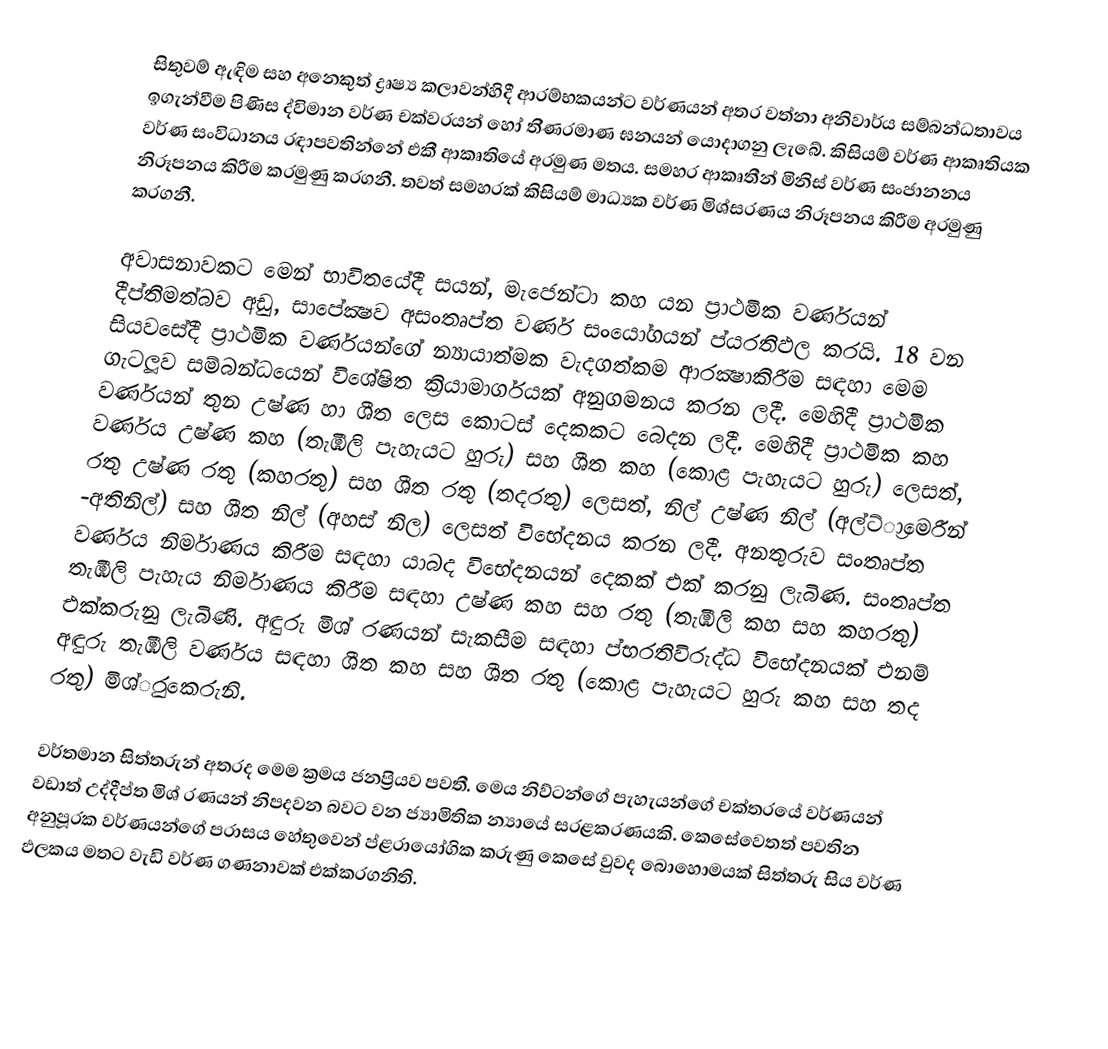
සිතුවම් ඇඳිම සහ අනෙකුත් ද්‍රෘෂ්‍ය කලාවන්හිදී ආරම්භකයන්ට වර්ණයන් අතර වත්නා අනිවාර්ය සම්බන්ධතාවය ඉගැන්වීම පිණිස ද්විමාන වර්ණ චක්ව‍රයන් හෝ ති්ණ‍රමාණ ඝනයන් යොදාගනු ලැබේ. කිසියම් වර්ණ ආකෘතියක වර්ණ සංවිධානය රඳාපවතින්නේ එකී ආකෘතියේ අරමුණ මතය. සමහර ආකෘතීන් මිනිස් වර්ණ සංජානනය නිරූපනය කිරීම කරමුණු කරගනී. තවත් සමහරක් කිසියම් මාධ්‍යක වර්ණ මිශ්ස‍රණය නිරූපනය කිරීම අරමුණු කරගනී.

අවාසනාවකට මෙන් භාවිතයේදී සයන්, මැජෙන්ටා කහ යන ප්‍රාථමික වර්ණයන් දීප්තිමත්බව අඩු, සාපේක්‍ෂව අසංතෘප්ත වර්ණ සංයෝගයන් ප්ය‍රතිඵල කරයි. 18 වන සියවසේදී ප්‍රාථමික වර්ණයන්ගේ න්‍යායාත්මක වැදගත්කම ආරක්‍ෂාකිරීම සඳහා මෙම ගැටලූව සම්බන්ධයෙන්  විශේෂිත ක්‍රියාමාර්ගයක්  අනුගමනය කරන ලදී. මෙහිදී ප්‍රාථමික වර්ණයන් තුන උෂ්ණ හා ශීත ලෙස කොටස් දෙකකට බෙදන ලදී. මෙහිදී ප්‍රාථමික කහ වර්ණය උෂ්ණ කහ (තැඹිලි පැහැයට හුරු) සහ ශීත කහ (කොළ පැහැයට හුරු) ලෙසත්, රතු උෂ්ණ රතු (කහරතු) සහ ශීත රතු (තදරතු) ලෙසත්, නිල් උෂ්ණ නිල් (අල්ට්්‍රාමෙරීන්  -අතිනිල්) සහ ශීත නිල් (අහස් නිල) ලෙසත් විභේදනය කරන ලදී. අනතුරුව සංතෘප්ත වර්ණය නිර්මාණය කිරීම සඳහා යාබද විභේදනයන් දෙකක් එක් කරනු ලැබිණ. සංතෘප්ත තැඹිලි පැහැය නිර්මාණය කිරීම සඳහා උෂ්ණ කහ සහ රතු (තැඹිලි කහ සහ කහරතු) එක්කරුනු ලැබිණි. අඳුරු මිශ් ‍රණයන් සැකසීම සඳහා ප්භ‍රතිවිරුද්ධ විභේදනයක් එනම් අඳුරු තැඹිලි වර්ණය සඳහා ශීත කහ සහ ශීත රතු (කොළ පැහැයට හුරු කහ සහ තද රතු) මිශ්ු‍රකෙරුනි.

වර්තමාන සිත්තරුන් අතරද මෙම ක්‍රමය ජනප්‍රියව පවතී. මෙය නිව්ටන්ගේ පැහැයන්ගේ චක්ත‍රයේ වර්ණයන් වඩාත් උද්දීප්ත මිශ් ‍රණයන් නිපදවන බවට වන ජ්‍යාමිතික න්‍යායේ සරළකරණයකි. කෙසේවෙතත් පවතින අනුපූරක වර්ණයන්ගේ පරාසය හේතුවෙන් ප්ළ‍රායෝගික කරුණු කෙසේ වුවද බොහොමයක් සිත්තරු සිය වර්ණ ඵලකය මතට වැඩි වර්ණ ගණනාවක් එක්කරගනිති.